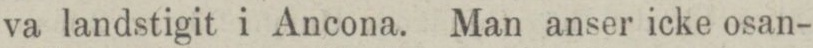
va landstigit i Ancona. Man anser icke osan-